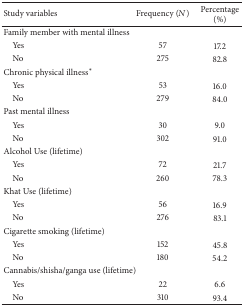
<table><thead><tr><td><b>Study variables </b></td><td><b>Frequency (<i>N</i>)</b></td><td><b>Percentage (%)</b></td></tr></thead><tbody><tr><td>Family member with mental illness</td><td> </td><td> </td></tr><tr><td> Yes</td><td>57</td><td>17.2</td></tr><tr><td> No</td><td>275</td><td>82.8</td></tr><tr><td>Chronic physical illness<sup><i>∗</i></sup></td><td> </td><td> </td></tr><tr><td> Yes</td><td>53</td><td>16.0</td></tr><tr><td> No</td><td>279</td><td>84.0</td></tr><tr><td>Past mental illness</td><td> </td><td> </td></tr><tr><td> Yes</td><td>30</td><td>9.0</td></tr><tr><td> No</td><td>302</td><td>91.0</td></tr><tr><td>Alcohol Use (lifetime)</td><td> </td><td> </td></tr><tr><td> Yes</td><td>72</td><td>21.7</td></tr><tr><td> No</td><td>260</td><td>78.3</td></tr><tr><td>Khat Use (lifetime)</td><td> </td><td> </td></tr><tr><td> Yes</td><td>56</td><td>16.9</td></tr><tr><td> No</td><td>276</td><td>83.1</td></tr><tr><td>Cigarette smoking (lifetime)</td><td> </td><td> </td></tr><tr><td> Yes</td><td>152</td><td>45.8</td></tr><tr><td> No</td><td>180</td><td>54.2</td></tr><tr><td>Cannabis/shisha/ganga use (lifetime)</td><td> </td><td> </td></tr><tr><td> Yes</td><td>22</td><td>6.6</td></tr><tr><td> No</td><td>310</td><td>93.4</td></tr></tbody></table>